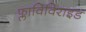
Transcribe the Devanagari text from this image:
फ्लाविविराइड